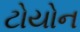
ટોયોન